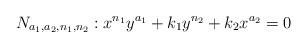
LaTeX: \begin{align*}N_{a_1,a_2,n_1,n_2} : x^{n_1} y^{a_1} + k_1 y^{n_2} + k_2 x^{a_2} = 0\end{align*}